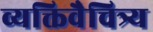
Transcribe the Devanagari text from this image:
व्यक्तिवैचित्र्य